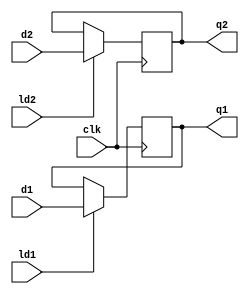



module test2(input d1, d2, input clk, ld1, ld2, output reg q1, q2);
    always @(posedge clk)
    begin
        begin
            if(ld1)
                q1<=d1;
        end


    end
        always @(posedge clk)
    begin

        begin
            if(ld2)
                q2<=d2;
        end

    end
            
endmodule